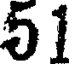
51